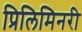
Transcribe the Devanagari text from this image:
प्रिलिमिनरी